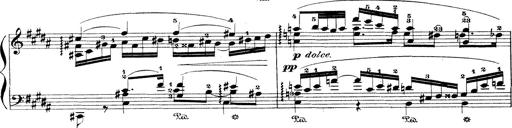
Title: Wagner-Liszt Album
Composer: Franz Liszt